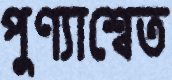
পুণ্যাশ্বেত